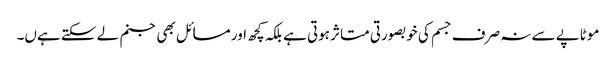
موٹاپے سے نہ صرف جسم کی خوبصورتی متاثر ہوتی ہے بلکہ کچھ اور مسائل بھی جنم لے سکتے ہےں۔